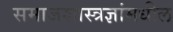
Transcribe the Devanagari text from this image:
समाजशास्त्रज्ञांमधील